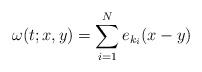
LaTeX: \begin{align*} \omega(t ; x,y) = \sum_{i=1}^N e_{k_i} (x - y ) \end{align*}